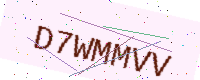
Text: D7WMMVV